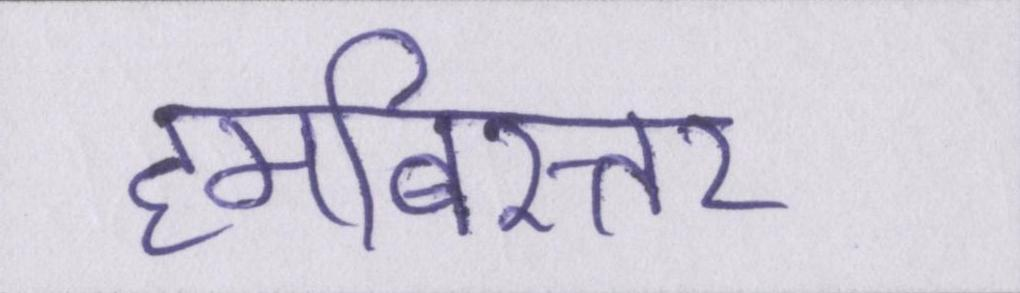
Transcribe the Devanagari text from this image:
हमबिस्तर